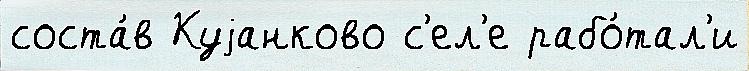
соста́в Куjанково с'ел'е рабо́тал'и